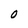
Character: 0